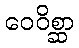
ဝေဝိစ္ဆာ